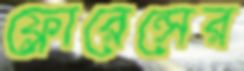
ফ্লোরেন্সের